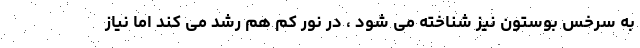
به سرخس بوستون نیز شناخته می شود ، در نور کم هم رشد می کند اما نیاز